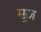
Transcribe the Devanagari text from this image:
मूज़